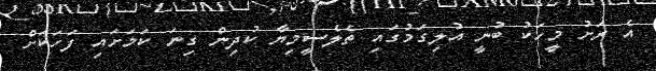
އެ ރަށު މީހަކު ބުނީ އުލިގަމުގައި ތެލެސީމިޔާ ކުދިން ގިނަ ކަމަށައި ފަހަކަށް